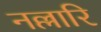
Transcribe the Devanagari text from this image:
नल्लारि